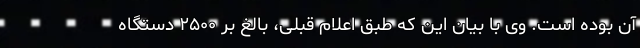
آن بوده است. وی با بیان این که طبق اعلام قبلی، بالغ بر ۲۵۰۰ دستگاه